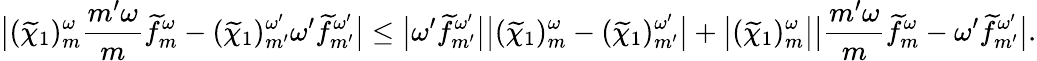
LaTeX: \big|(\widetilde{\chi}_{1})_{m}^{\omega}\frac{{m^{\prime}}\omega}{m}\widetilde{f}_{m}^{\omega}-(\widetilde{\chi}_{1})_{m^{\prime}}^{\omega^{\prime}}{\omega^{\prime}}\widetilde{f}_{m^{\prime}}^{\omega^{\prime}}\big|\leq\big|\omega^{\prime}\widetilde{f}_{m^{\prime}}^{\omega^{\prime}}\big|\big|(\widetilde{\chi}_{1})_{m}^{\omega}-(\widetilde{\chi}_{1})_{m^{\prime}}^{\omega^{\prime}}\big|+\big|(\widetilde{\chi}_{1})_{m}^{\omega}\big|\big|{\frac{{m^{\prime}}\omega}{m}}\widetilde{f}_{m}^{\omega}-{\omega^{\prime}}\widetilde{f}_{m^{\prime}}^{\omega^{\prime}}\big|.